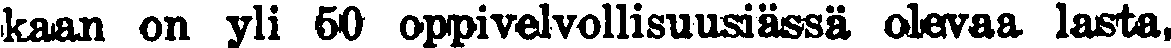
kaan on yli 50 oppivelvollisuusiässä olevaa lasta,